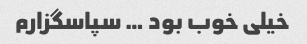
خیلی خوب بود … سپاسگزارم